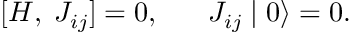
[ H , \; J _ { i j } ] = 0 , \; \; \; \; \; \; J _ { i j } \mid 0 \rangle = 0 .